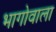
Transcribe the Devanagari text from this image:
भागोवाला